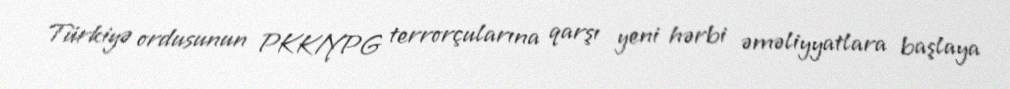
Türkiyə ordusunun PKK/YPG terrorçularına qarşı yeni hərbi əməliyyatlara başlaya